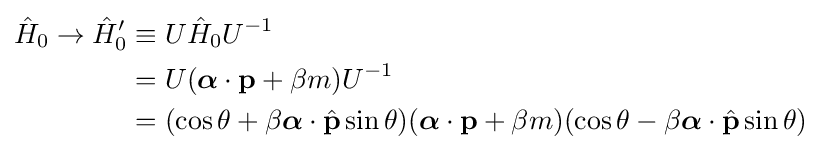
{\begin{aligned}{\hat {H}}_{0}\to {\hat {H}}'_{0}&\equiv U{\hat {H}}_{0}U^{-1}\\&=U({\boldsymbol {\alpha }}\cdot \mathbf {p} +\beta m)U^{-1}\\&=(\cos \theta +\beta {\boldsymbol {\alpha }}\cdot {\hat {\mathbf {p} }}\sin \theta )({\boldsymbol {\alpha }}\cdot \mathbf {p} +\beta m)(\cos \theta -\beta {\boldsymbol {\alpha }}\cdot {\hat {\mathbf {p} }}\sin \theta )\end{aligned}}